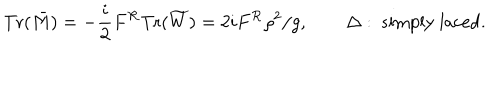
\mathrm { T r } ( \bar { M } ) = - { \frac { i } { 2 } } F ^ { \cal R } \mathrm { T r } ( \widetilde { W } ) = 2 i F ^ { \cal R } { \varrho ^ { 2 } } / g , \qquad \Delta : \ \mathrm { s i m p l y ~ l a c e d } .